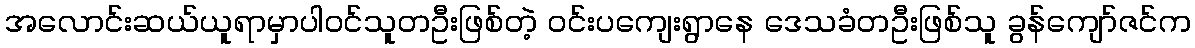
အလောင်းဆယ်ယူရာမှာပါဝင်သူတဦးဖြစ်တဲ့ ဝင်းပကျေးရွာနေ ဒေသခံတဦးဖြစ်သူ ခွန်ကျော်ဇင်က